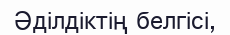
Әділдіктің белгісі,